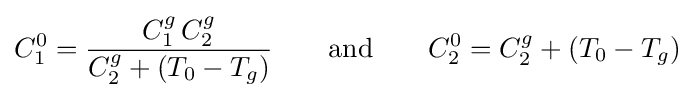
C_{1}^{0}={\frac {C_{1}^{g}\,C_{2}^{g}}{C_{2}^{g}+(T_{0}-T_{g})}}\qquad {\rm {and}}\qquad C_{2}^{0}=C_{2}^{g}+(T_{0}-T_{g})